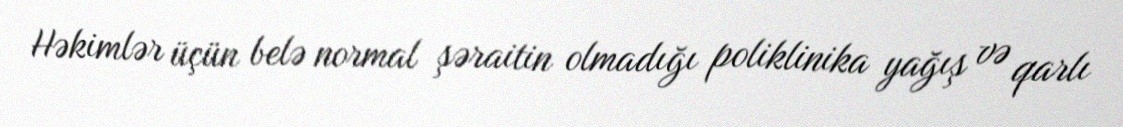
Həkimlər üçün belə normal şəraitin olmadığı poliklinika yağış və qarlı